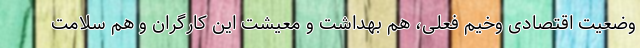
وضعیت اقتصادی وخیم فعلی، هم بهداشت و معیشت این کارگران و هم سلامت